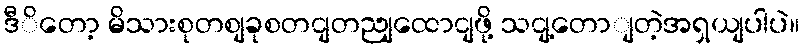
ဒီိတော့ မိသားစုတစျခုစတငျတညျထောငျဖို့ သငျ့တောျတဲ့အရှယျပါပဲ။